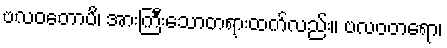
ဗလဝတောပိ၊ အားကြီးသောတရားထက်လည်း။ ဗလဝတရော၊